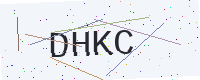
Text: DHKC